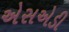
એસએડી